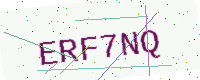
Text: ERF7NQ